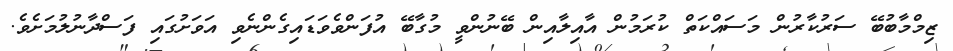
ޒިމްމާބުބޭ ސަރުކާރުން މަސައްކަތް ކުރަމުން އާއިލާއިން ބޭނުންވީ މުގާބޭ އުފަންވެވަޑައިގެންނެވި އަވަށުގައި ފަސްދާނުލުމަށެވެ.